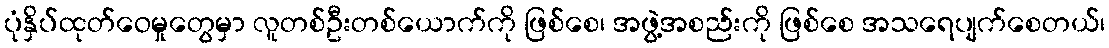
ပုံနှိပ်ထုတ်ဝေမှုတွေမှာ လူတစ်ဦးတစ်ယောက်ကို ဖြစ်စေ၊ အဖွဲ့အစည်းကို ဖြစ်စေ အသရေပျက်စေတယ်၊